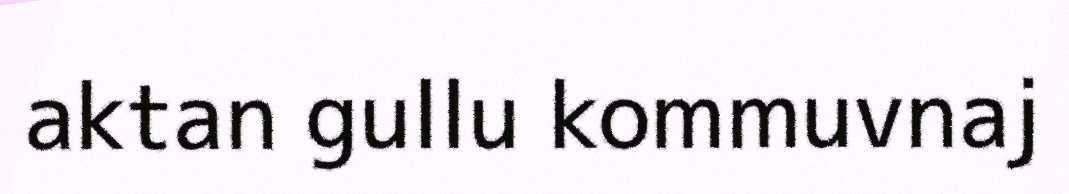
aktan gullu kommuvnaj